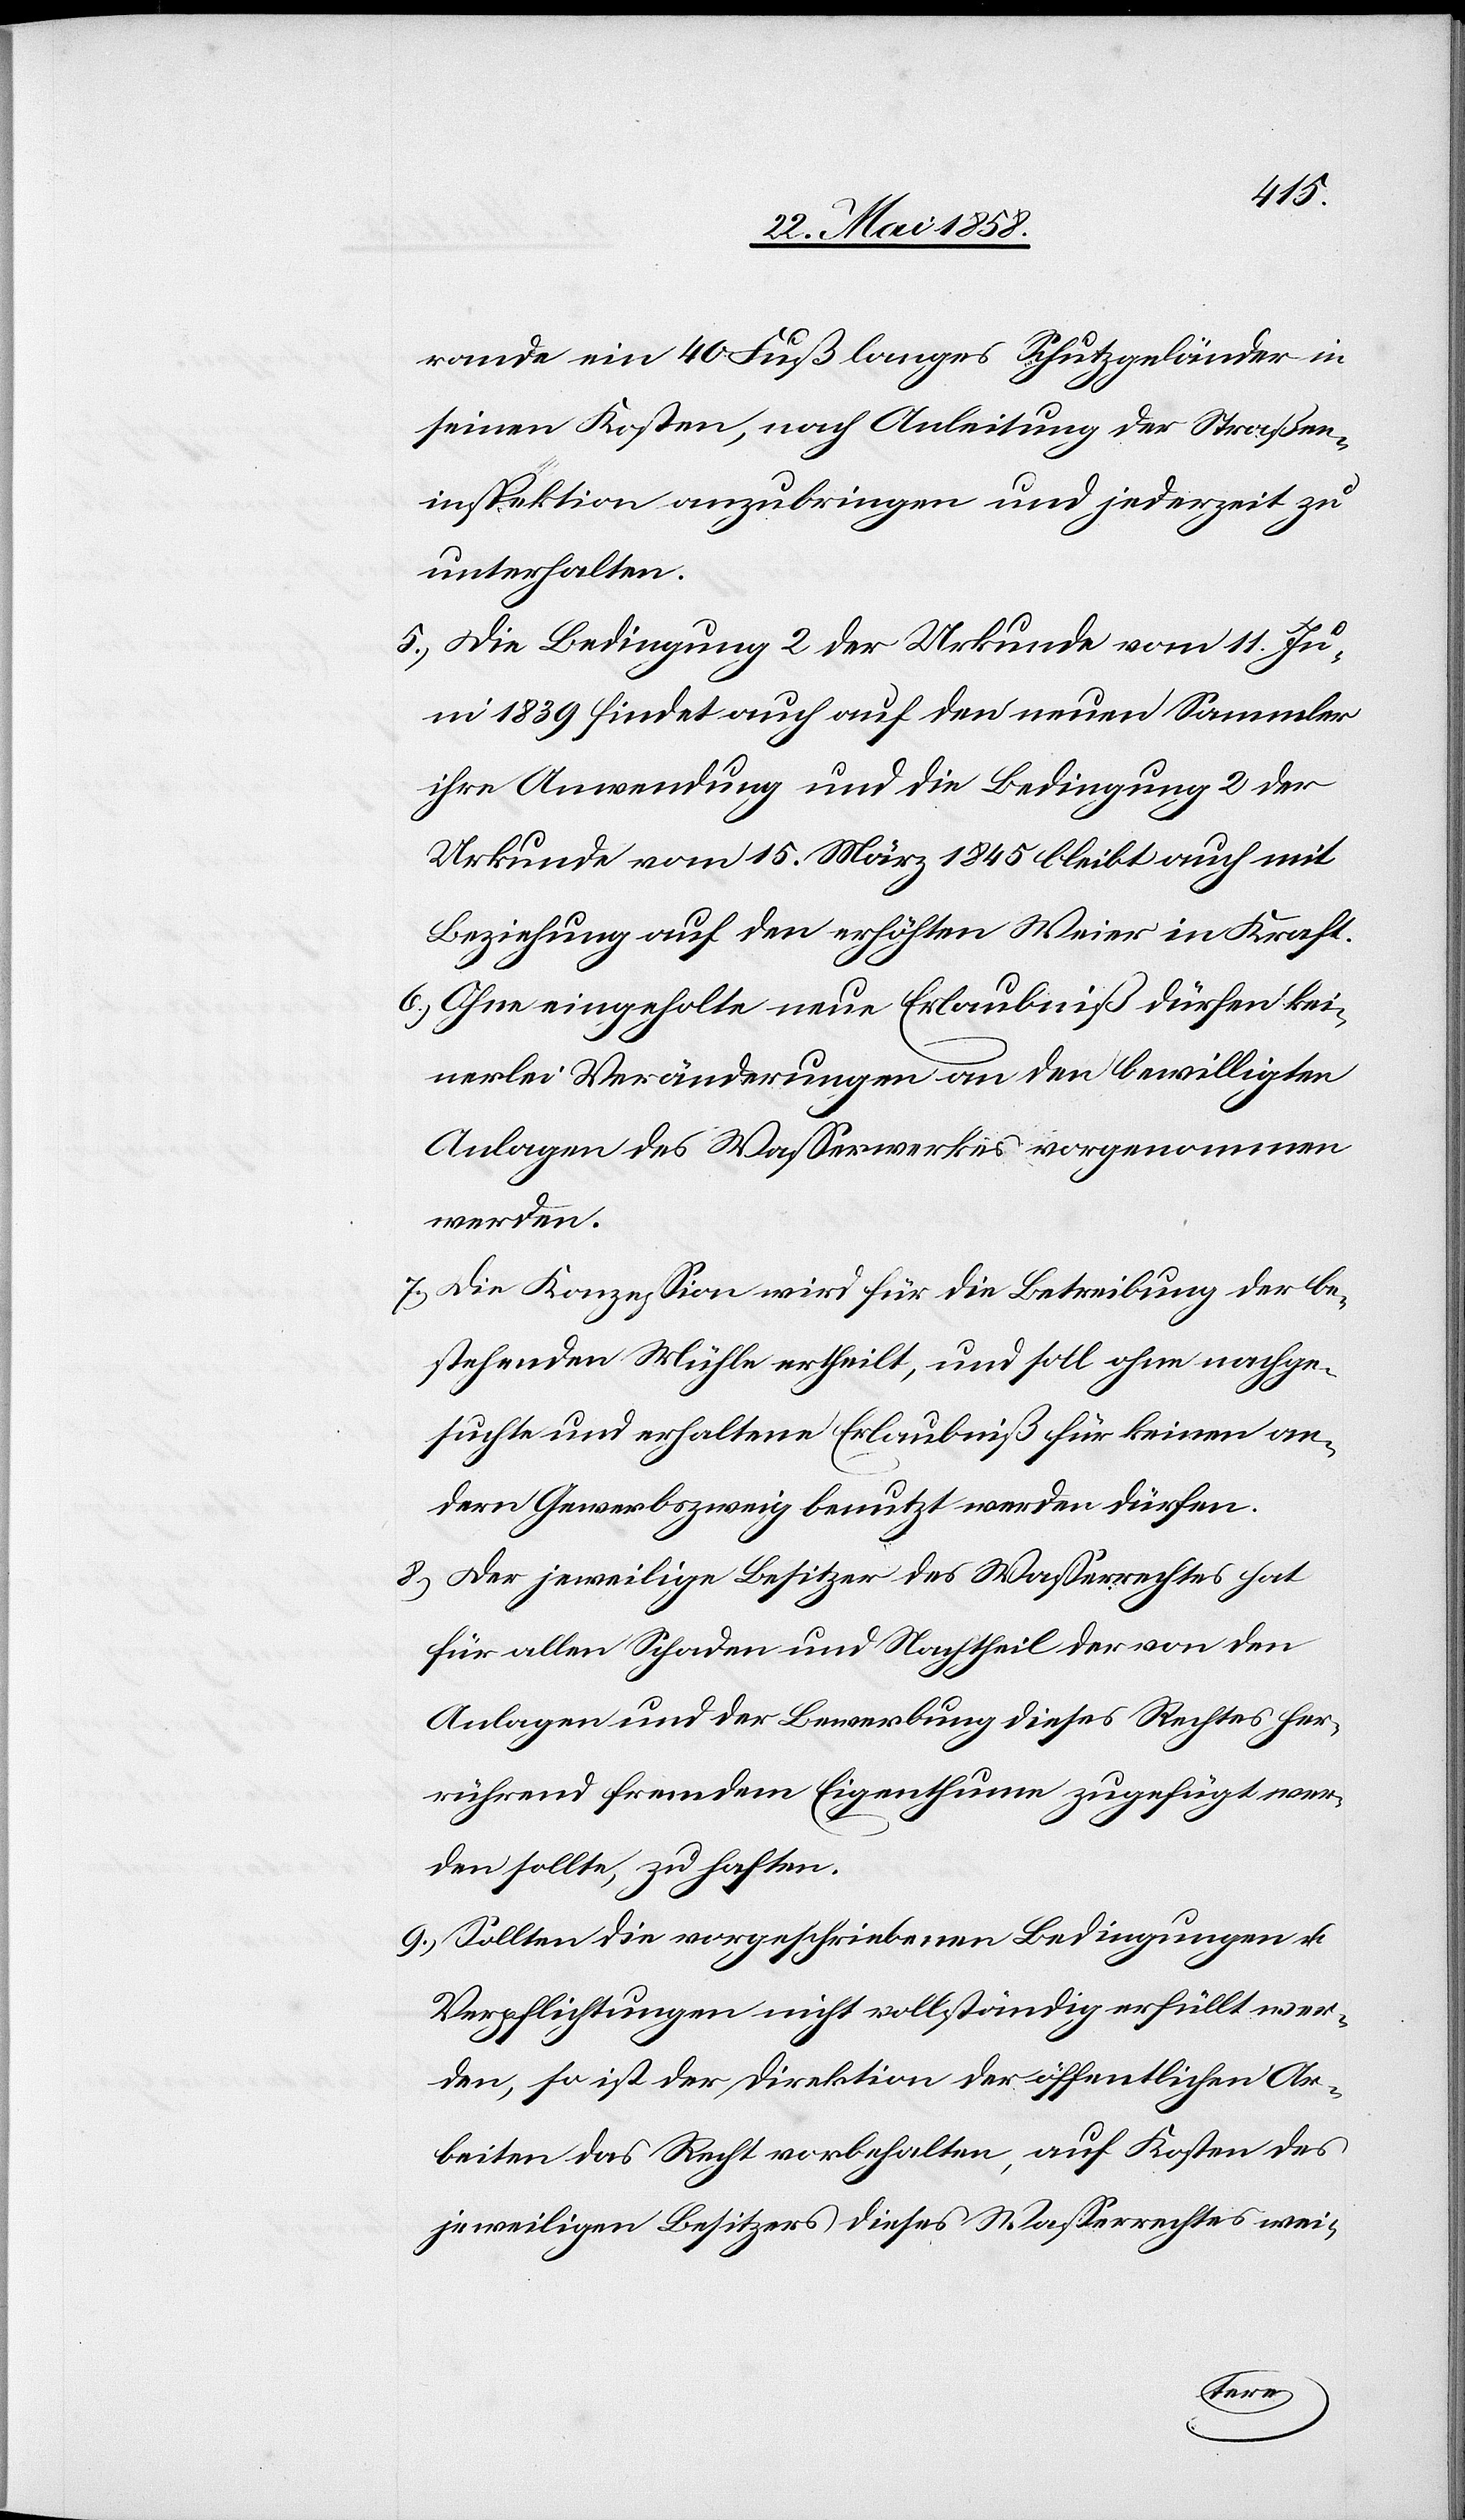
rande ein 40 Fuß langes Schutzgeländer in
seinen Kosten, nach Anleitung der Straßen¬
inspektion anzubringen und jederzeit zu
unterhalten.
5. Die Bedingung 2 der Urkunde vom 11. Ju¬
ni 1839 findet auch auf den neuen Sammler
ihre Anwendung und die Bedingung 2 der
Urkunde vom 15. März 1845 bleibt auch mit
Beziehung auf den erhöhten Weier in Kraft.
6. Ohne eingeholte neue Erlaubniß dürfen kei¬
nerlei Veränderungen an den bewilligten
Anlagen des Wasserwerkes vorgenommen
werden.
7. Die Konzession wird für die Betreibung der be¬
stehenden Mühle ertheilt, und soll ohne nachge¬
suchte und erhaltene Erlaubniß für keinen an¬
dern Gewerbszweig benutzt werden dürfen.
8. Der jeweilige Besitzer des Wasserrechtes hat
für allen Schaden und Nachtheil der von den
Anlagen und der Bemerkung dieses Rechtes her¬
rührend fremdem Eigenthume zugefügt wer¬
den sollte, zu haften.
9. Sollten die vorgeschriebenen Bedingungen u.
Verpflichtungen nicht vollständig erfüllt wer¬
den, so ist der Direktion der öffentlichen Ar¬
beiten das Recht vorbehalten, auf Kosten des
jeweiligen Besitzers dieses Wasserrechtes wei-